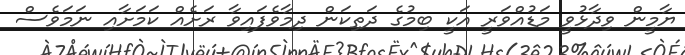
ޔާމީން ވިދާޅުވީ މަޑުއްވަރީ އަކީ ބިމުގެ ދަތިކަން ދިމާވެފައިވާ ރަށެއް ކަމަށާއި ނަމަވެސް